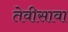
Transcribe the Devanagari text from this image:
तेवीसावा